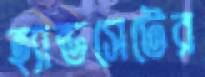
হ্যান্ডসেটের